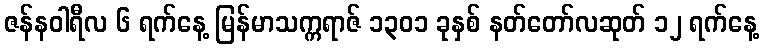
ဇန်နဝါရီလ ၆ ရက်နေ့ မြန်မာသက္ကရာဇ် ၁၃၀၁ ခုနှစ် နတ်တော်လဆုတ် ၁၂ ရက်နေ့